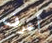
أعرف